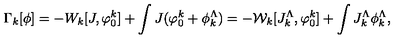
\Gamma _ { k } [ \phi ] = - W _ { k } [ J , \varphi _ { 0 } ^ { k } ] + \int J ( \varphi _ { 0 } ^ { k } + \phi _ { k } ^ { \Lambda } ) = - { \mathcal W } _ { k } [ J _ { k } ^ { \Lambda } , \varphi _ { 0 } ^ { k } ] + \int J _ { k } ^ { \Lambda } \phi _ { k } ^ { \Lambda } ,